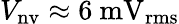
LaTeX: V_{\mathrm{nv}}\approx 6~\mathrm{mV_{rms}}